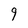
Character: g